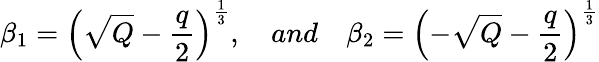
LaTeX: \beta_{1}=\left(\sqrt{Q}-\frac{q}{2}\right)^{\frac{1}{3}},\quad and\quad\beta_{2}=\left(-\sqrt{Q}-\frac{q}{2}\right)^{\frac{1}{3}}